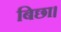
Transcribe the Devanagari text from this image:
बिछा।